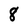
Character: 8